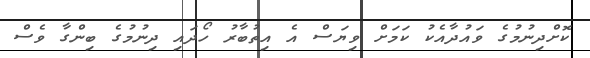
ކޮށްދިނުމުގެ ވައުދާއެކު ކަމަށް ވިޔަސް އެ އިތުބާރު ހޯދައި ދިނުމުގެ ބިންގާ ވެސް